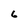
Character: 6